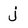
Character: j